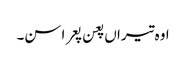
اوہ تیراں پعن پعرا سن۔